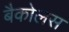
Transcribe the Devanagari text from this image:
बैकोलस